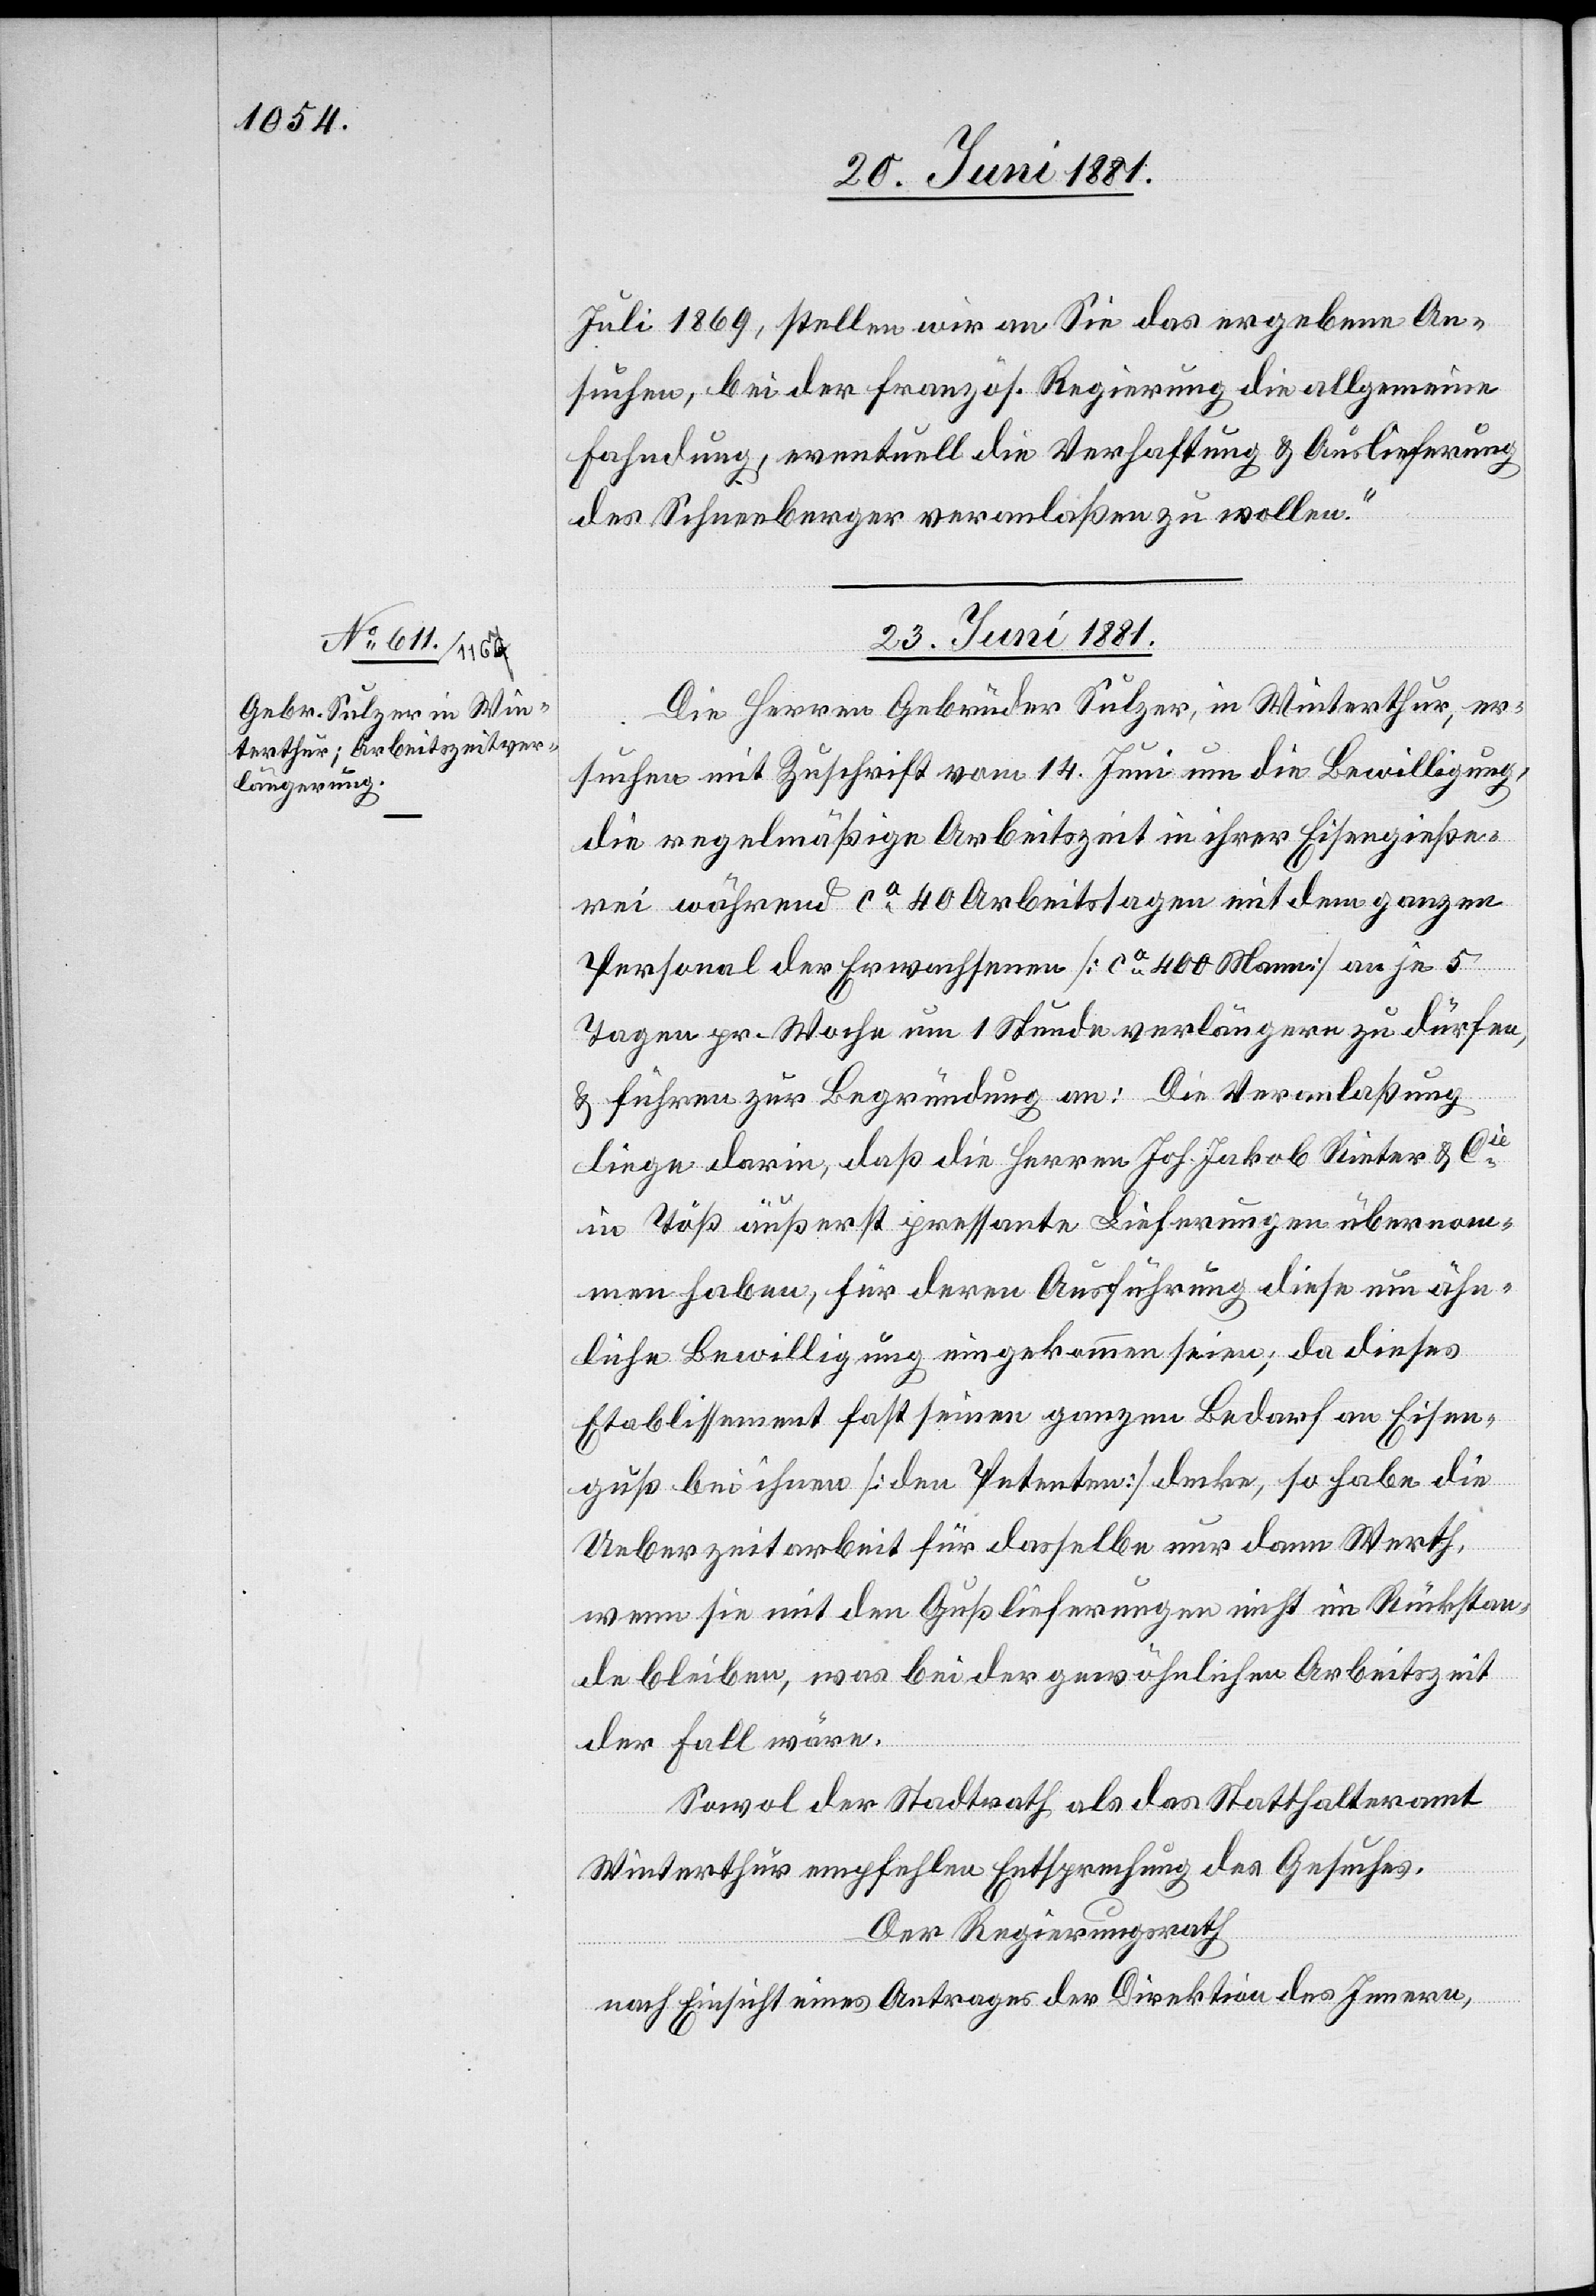
Juli 1869, stellen wir an Sie das ergebene An¬
suchen, bei der französ. Regierung die allgemeine
Fahndung, eventuelle die Verhaftung & Auslieferung
des Schneeberger veranlaßen zu wollen.“
23. Juni 1881.
Die Herren Gebrüder Sulzer, in Winterthur, er¬
suchen mit Zuschrift vom 14. Juni um die Bewilligung,
die regelmäßige Arbeitszeit in ihrer Eisengieße¬
rei während ca 40 Arbeitstagen mit dem ganzen
Personal der Erwachsenen [ca 400 Mann] an je 5
Tagen pr. Woche um 1 Stunde verlängern zu dürfen,
& führen zur Begründung an: Die Veranlaßung
liege darin, daß die Herren Joh. Jakob Rieter & Cie
in Töß äußerst pressante Lieferungen übernom¬
men haben, für deren Ausführung diese um ähn¬
liche Bewilligung eingekommen seien; da dieses
Etablissement fast seinen ganzen Bedarf an Eisen¬
guß bei ihnen [den Petenten] decke, so habe die
Ueberzeitarbeit für dasselbe nur dann Werth,
wenn sie mit den Gußlieferungen nicht im Rückstan¬
de bleiben, was bei der gewöhnlichen Arbeitszeit
der Fall wäre.
Sowohl der Stadtrath als das Statthalteramt
Winterthur empfehlen Entsprechung des Gesuches.
Der Regierungsrath
nach Einsicht eines Antrages der Direktion des Innern,